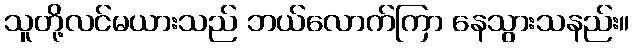
သူတို့လင်မယားသည် ဘယ်လောက်ကြာ နေသွားသနည်း။